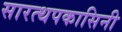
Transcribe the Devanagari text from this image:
सारत्थपकासिनी